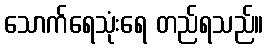
သောက်ရေသုံးရေ တည်ရသည်။